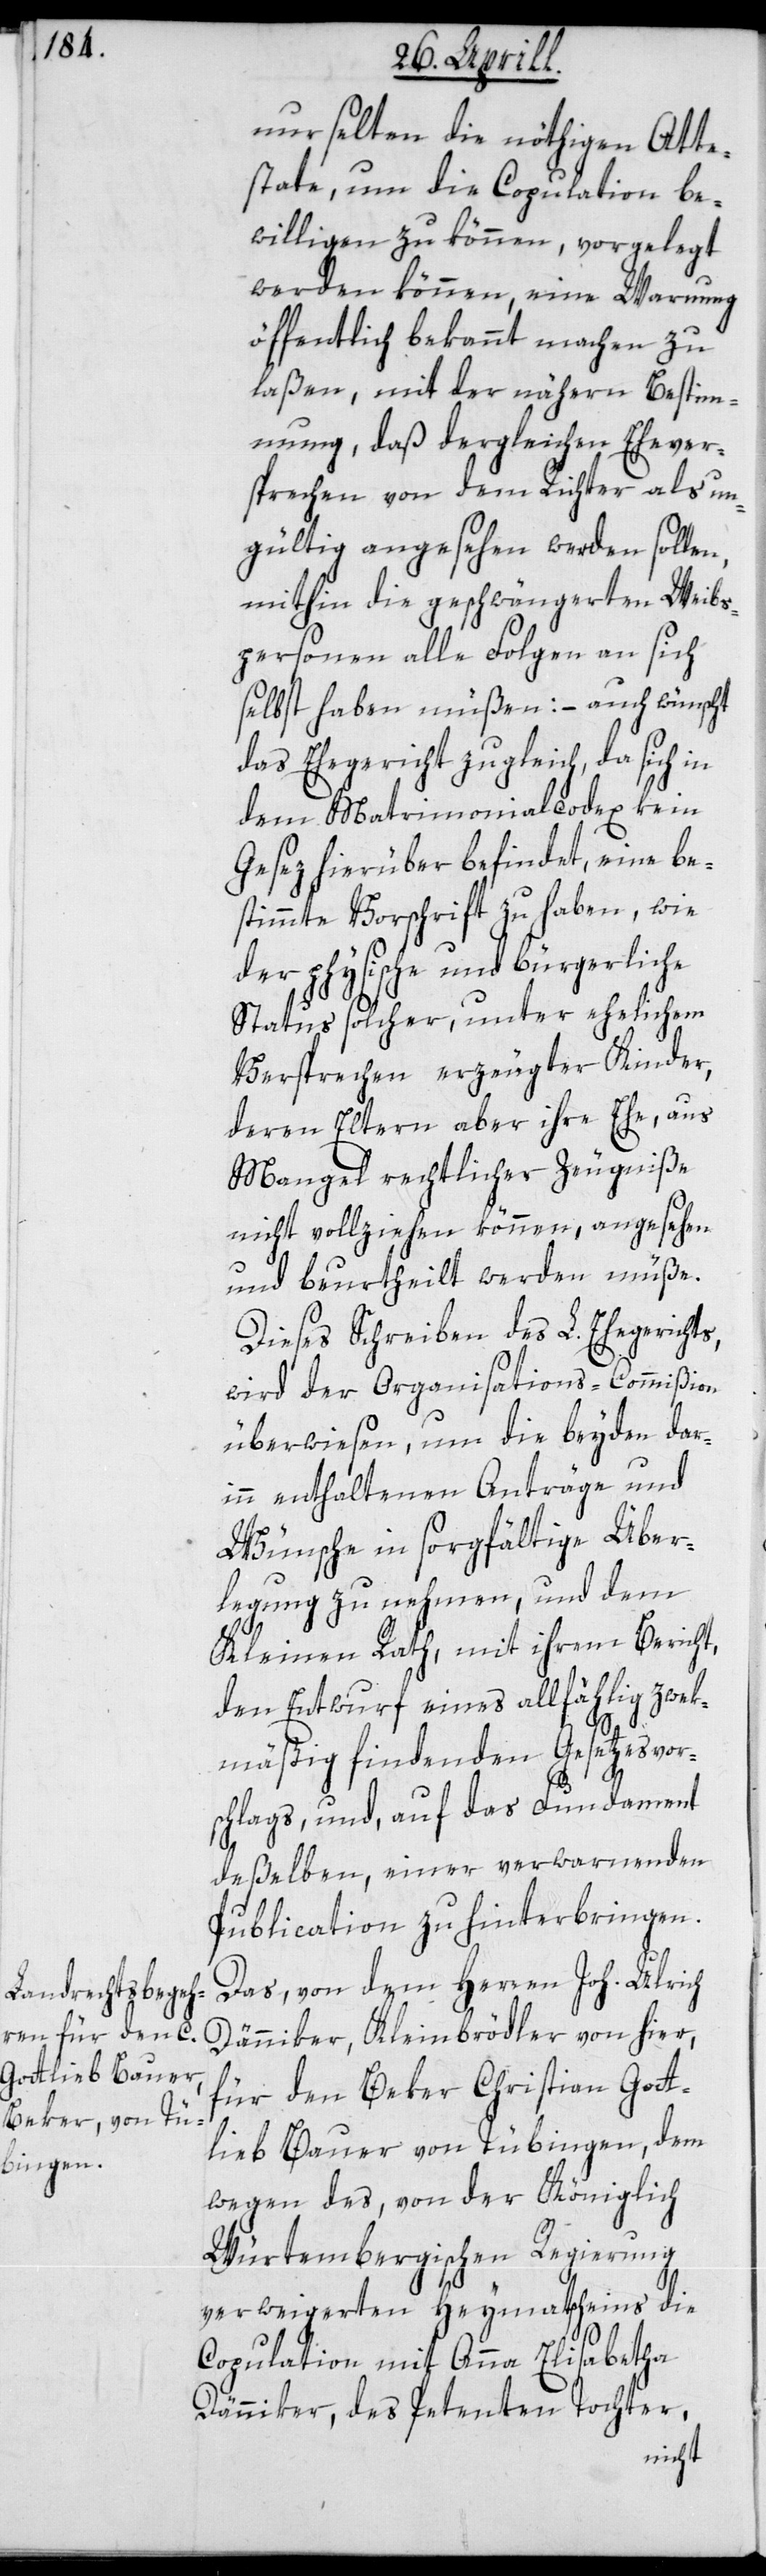
nur selten die nöthigen Atte¬
state, um die Copulation be¬
willigen zu können, vorgelegt
werden können, eine Warnung
öffentlich bekannt machen zu
laßen, mit der nähern Bestim¬
mung, daß dergleichen Ehever¬
sprechen von dem Richter als un¬
gültig angesehen werden sollen,
mithin die geschwängerten Weibs¬
personen alle Folgen an sich
selbst haben müßen; – auch wünscht
das Ehegericht zugleich, da sich in
dem Matrimonialcodex kein
Gesez hierüber befindet, eine be¬
stimmte Vorschrift zu haben, wie
der physische und bürgerliche
Status solcher, unter ehelichem
Versprechen erzeugter Kinder,
deren Eltern aber ihre Ehe, aus
Mangel rechtlicher Zeugniße
nicht vollziehen können, angesehen
und beurtheilt werden müße.
Dieses Schreiben des L. Ehegerichts
wird der Organisations-Commißion
überwiesen, um die beyden dar¬
inn enthaltenen Anträge und
Wünsche in sorgfältige Über¬
legung zu nehmen, und dem
Kleinen Rath, mit ihrem Bericht,
den Entwurf eines allfählig zwek¬
mäßig findenden Gesetzesvor¬
schlags, und, auf das Fundament
deßelben, einer verwarnenden
Publication zu hinterbingen.
Das, von dem Herren Joh. Ulrich
Dänniker, Kleinbrödler von hier,
für den Beker Christian Gott¬
lieb Bauer von Tübingen, dem
wegen des, von der Königlich
Würtembergischen Regierung
verweigerten Heymathscheins die
Copulation mit Anna Elisabetha
Dänniker, des Petenten Tochter,